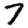
Digit: 7